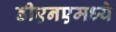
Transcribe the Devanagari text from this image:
डीएनएमध्ये